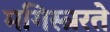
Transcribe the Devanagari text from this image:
मगिस्त्ररते